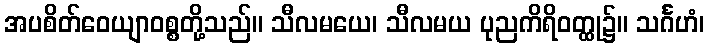
အပစိတ်ဝေယျာဝစ္စတို့သည်။ သီလမယေ၊ သီလမယ ပုညကိရိဝတ္ထု၌။ သင်္ဂဟံ၊